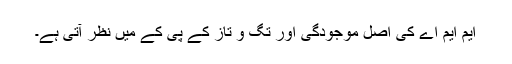
ایم ایم اے کی اصل موجودگی اور تگ و تاز کے پی کے میں نظر آتی ہے۔